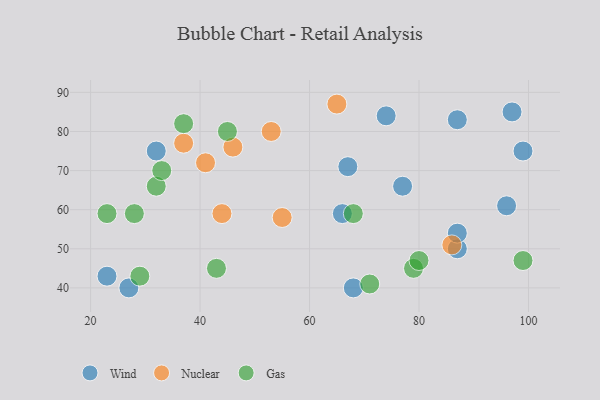
{"axis": {"x": "GDP", "y": "Life Expectancy"}, "legend": ["Gas", "Nuclear", "Wind"], "data": [{"x": "96", "y": 61, "type": "Wind"}, {"x": "66", "y": 59, "type": "Wind"}, {"x": "87", "y": 83, "type": "Wind"}, {"x": "87", "y": 50, "type": "Wind"}, {"x": "23", "y": 43, "type": "Wind"}, {"x": "87", "y": 54, "type": "Wind"}, {"x": "99", "y": 75, "type": "Wind"}, {"x": "77", "y": 66, "type": "Wind"}, {"x": "67", "y": 71, "type": "Wind"}, {"x": "32", "y": 75, "type": "Wind"}, {"x": "97", "y": 85, "type": "Wind"}, {"x": "27", "y": 40, "type": "Wind"}, {"x": "68", "y": 40, "type": "Wind"}, {"x": "74", "y": 84, "type": "Wind"}, {"x": "37", "y": 77, "type": "Nuclear"}, {"x": "65", "y": 87, "type": "Nuclear"}, {"x": "53", "y": 80, "type": "Nuclear"}, {"x": "86", "y": 51, "type": "Nuclear"}, {"x": "44", "y": 59, "type": "Nuclear"}, {"x": "41", "y": 72, "type": "Nuclear"}, {"x": "46", "y": 76, "type": "Nuclear"}, {"x": "55", "y": 58, "type": "Nuclear"}, {"x": "32", "y": 66, "type": "Gas"}, {"x": "28", "y": 59, "type": "Gas"}, {"x": "23", "y": 59, "type": "Gas"}, {"x": "37", "y": 82, "type": "Gas"}, {"x": "99", "y": 47, "type": "Gas"}, {"x": "43", "y": 45, "type": "Gas"}, {"x": "79", "y": 45, "type": "Gas"}, {"x": "71", "y": 41, "type": "Gas"}, {"x": "45", "y": 80, "type": "Gas"}, {"x": "29", "y": 43, "type": "Gas"}, {"x": "33", "y": 70, "type": "Gas"}, {"x": "80", "y": 47, "type": "Gas"}, {"x": "68", "y": 59, "type": "Gas"}]}